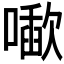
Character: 𰈱